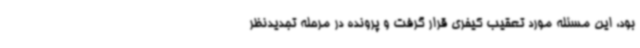
بود، این مسئله مورد تعقیب کیفری قرار گرفت و پرونده در مرحله تجدیدنظر